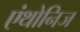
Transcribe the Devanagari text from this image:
एंथोनिज